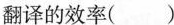
翻译的效率()